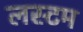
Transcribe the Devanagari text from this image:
लस्टम